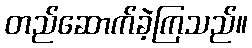
တည်ဆောက်ခဲ့ကြသည်။